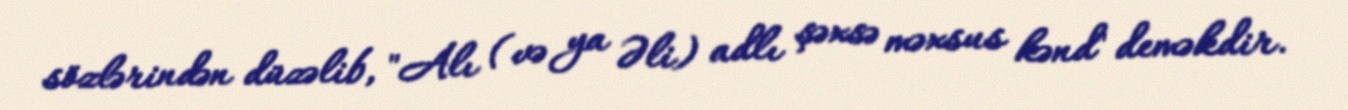
sözlərindən düzəlib, "Alı (və ya Əli) adlı şəxsə məxsus kənd" deməkdir.